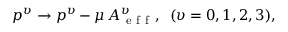
p ^ { \upsilon } \rightarrow p ^ { \upsilon } - \mu \, A _ { \mathrm { ~ e ~ f ~ f ~ } } ^ { \upsilon } , \; \; ( \upsilon = 0 , 1 , 2 , 3 ) ,